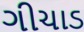
ગીચાડ